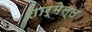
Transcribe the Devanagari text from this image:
शार्मेल्ल